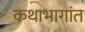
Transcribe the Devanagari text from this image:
कथाभागांत